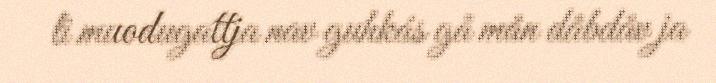
li muodugattja nav guhkás gå mån dåbdåv ja